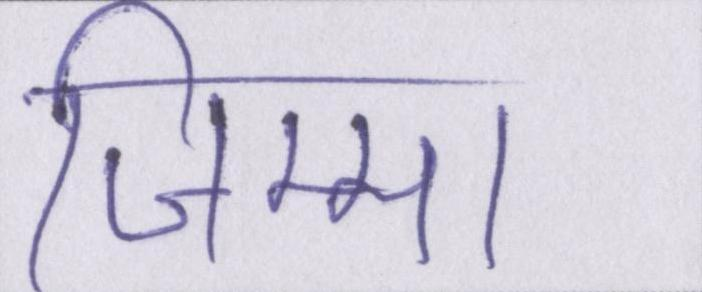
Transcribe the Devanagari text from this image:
जिम्मा